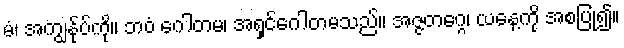
မံ၊ အကျွန်ုပ်ကို။ ဘဝံ ဂေါတမ၊ အရှင်ဂေါတမသည်။ အဇ္ဇတဂ္ဂေ၊ ယနေ့ကို အစပြု၍။